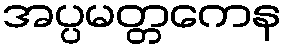
အပ္ပမတ္တကေန